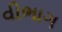
વીભાગ